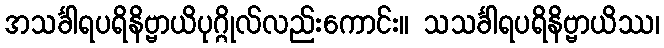
အသင်္ခါရပရိနိဗ္ဗာယိပုဂ္ဂိုလ်လည်းကောင်း။ သသင်္ခါရပရိနိဗ္ဗာယိဿ၊